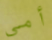
أمي